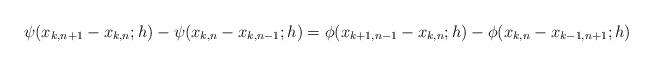
LaTeX: \begin{align*}\psi(x_{k,n+1}-x_{k,n};h)-\psi(x_{k,n}-x_{k,n-1};h)=\phi(x_{k+1,n-1}-x_{k,n};h)-\phi(x_{k,n}-x_{k-1,n+1};h)\end{align*}